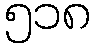
၅၁၈